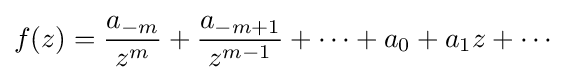
f(z)={\frac {a_{-m}}{z^{m}}}+{\frac {a_{-m+1}}{z^{m-1}}}+\cdots +a_{0}+a_{1}z+\cdots